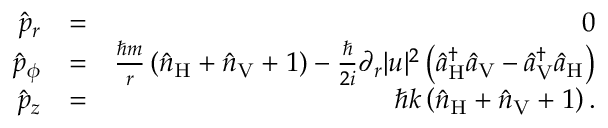
\begin{array} { r l r } { \hat { p } _ { r } } & { = } & { 0 } \\ { \hat { p } _ { \phi } } & { = } & { \frac { \hbar m } { r } \left( \hat { n } _ { \mathrm { H } } + \hat { n } _ { \mathrm { V } } + 1 \right) - \frac { \hbar } { 2 i } \partial _ { r } | u | ^ { 2 } \left( \hat { a } _ { \mathrm { H } } ^ { \dagger } \hat { a } _ { \mathrm { V } } - \hat { a } _ { \mathrm { V } } ^ { \dagger } \hat { a } _ { \mathrm { H } } \right) } \\ { \hat { p } _ { z } } & { = } & { \hbar k \left( \hat { n } _ { \mathrm { H } } + \hat { n } _ { \mathrm { V } } + 1 \right) . } \end{array}